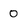
Character: 0